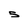
Character: 5